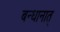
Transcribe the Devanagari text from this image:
बन्धानात्